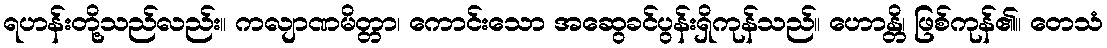
ရဟန်းတို့သည်လည်း။ ကလျာဏမိတ္တာ၊ ကောင်းသော အဆွေခင်ပွန်းရှိကုန်သည်။ ဟောန္တိ၊ ဖြစ်ကုန်၏။ တေသံ